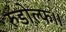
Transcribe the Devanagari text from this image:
रुडोल्फ।।